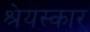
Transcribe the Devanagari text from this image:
श्रेयस्कार